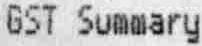
GST SUMMARY